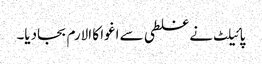
پائیلٹ نے غلطی سے اغوا کا الارم بجادیا۔